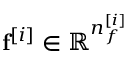
\mathbf { f } ^ { [ i ] } \in \mathbb { R } ^ { n _ { f } ^ { [ i ] } }